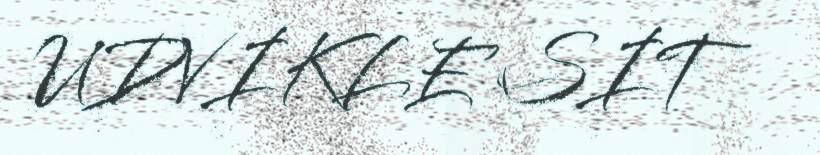
UDVIKLE SIT